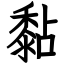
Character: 黏